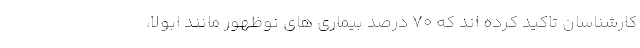
کارشناسان تاکید کرده اند که ۷۰ درصد بیماری های نوظهور مانند ابولا،